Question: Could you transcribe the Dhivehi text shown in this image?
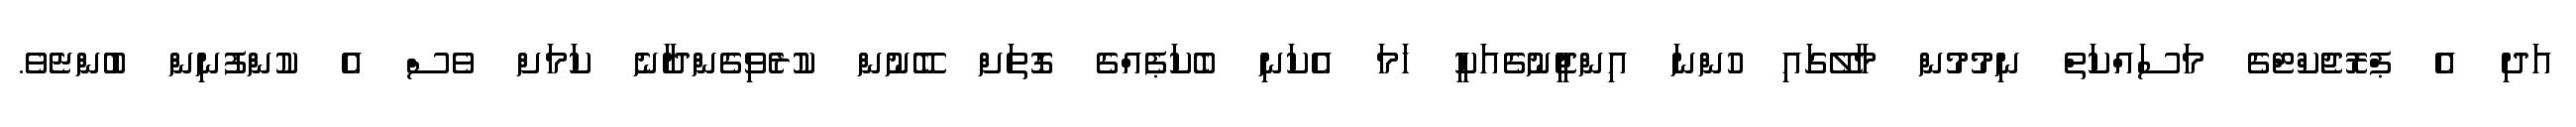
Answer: އަދި އެ ޕްރޮޖެކްޓްގެ މަސައްކަތް ނިމުމުން މާލޭގައި ހުންނަ އިންޖީނުގެއަކީ ހަމަ އެކަނި ބެކަޕެއްގެ ގޮތަށް ބޭނުން ކުރެވިގެންދާނެ ކަމަށް ވެސް އެ ކުންފުނިން ބުންޏެވެ.